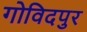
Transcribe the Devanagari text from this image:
गोविदपुर